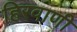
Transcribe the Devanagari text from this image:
हिरवाणी